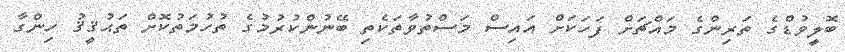
ބޮލީވުޑްގެ ތަރިންގެ މައްޗަށް ފަހަކަށް އައިސް މަސްތުވާތަކެތި ބޭނުންކުރުމުގެ ތުހުމަތުކޮށް ތަޙުޤީޤު ހިންގާ